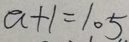
a + 1 = 1 0 5